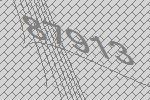
87913